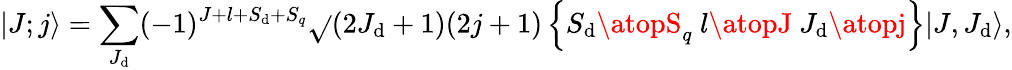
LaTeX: |J;j\rangle=\sum_{J_{\mathrm{d}}}(-1)^{J+l+S_{\mathrm{d}}+S_{q}}\sqrt{}{{(2J_{\mathrm{d}}+1)(2j+1)}}\left\{ {S_{\mathrm{d}}\atopS_{q}}\ {l\atopJ}\ {J_{\mathrm{d}}\atopj}\right\} |J,J_{\mathrm{d}}\rangle,